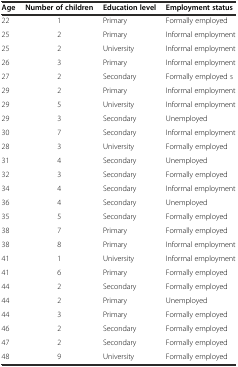
<table><thead><tr><td><b>Age</b></td><td><b>Number of children</b></td><td><b>Education level</b></td><td><b>Employment status</b></td></tr></thead><tbody><tr><td>22</td><td>1</td><td>Primary</td><td>Formally employed</td></tr><tr><td>25</td><td>2</td><td>Primary</td><td>Informal employment</td></tr><tr><td>25</td><td>2</td><td>University</td><td>Informal employment</td></tr><tr><td>26</td><td>3</td><td>Primary</td><td>Informal employment</td></tr><tr><td>27</td><td>2</td><td>Secondary</td><td>Formally employed s</td></tr><tr><td>29</td><td>2</td><td>Primary</td><td>Informal employment</td></tr><tr><td>29</td><td>5</td><td>University</td><td>Informal employment</td></tr><tr><td>29</td><td>3</td><td>Secondary</td><td>Unemployed</td></tr><tr><td>30</td><td>7</td><td>Secondary</td><td>Informal employment</td></tr><tr><td>28</td><td>3</td><td>University</td><td>Formally employed</td></tr><tr><td>31</td><td>4</td><td>Secondary</td><td>Unemployed</td></tr><tr><td>32</td><td>3</td><td>Secondary</td><td>Formally employed</td></tr><tr><td>34</td><td>4</td><td>Secondary</td><td>Informal employment</td></tr><tr><td>36</td><td>4</td><td>Secondary</td><td>Unemployed</td></tr><tr><td>35</td><td>5</td><td>Secondary</td><td>Formally employed</td></tr><tr><td>38</td><td>7</td><td>Primary</td><td>Formally employed</td></tr><tr><td>38</td><td>8</td><td>Primary</td><td>Informal employment</td></tr><tr><td>41</td><td>1</td><td>University</td><td>Informal employment</td></tr><tr><td>41</td><td>6</td><td>Primary</td><td>Formally employed</td></tr><tr><td>44</td><td>2</td><td>Secondary</td><td>Formally employed</td></tr><tr><td>44</td><td>2</td><td>Primary</td><td>Unemployed</td></tr><tr><td>44</td><td>3</td><td>Primary</td><td>Formally employed</td></tr><tr><td>46</td><td>2</td><td>Secondary</td><td>Formally employed</td></tr><tr><td>47</td><td>2</td><td>Secondary</td><td>Formally employed</td></tr><tr><td>48</td><td>9</td><td>University</td><td>Formally employed</td></tr></tbody></table>